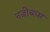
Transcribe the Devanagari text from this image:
नजीबास